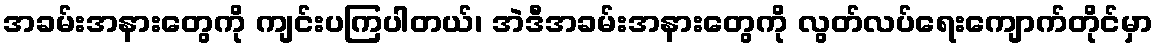
အခမ်းအနားတွေကို ကျင်းပကြပါတယ်၊ အဲဒီအခမ်းအနားတွေကို လွတ်လပ်ရေးကျောက်တိုင်မှာ